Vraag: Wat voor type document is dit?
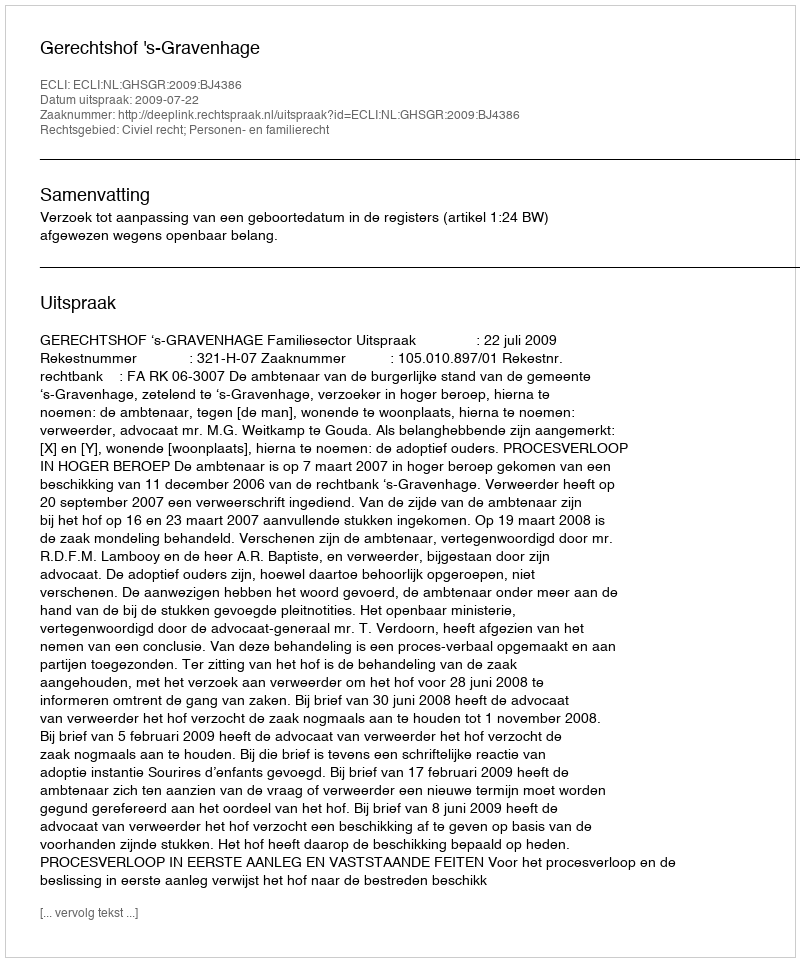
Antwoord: Uitspraak